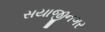
સયાજીનગર